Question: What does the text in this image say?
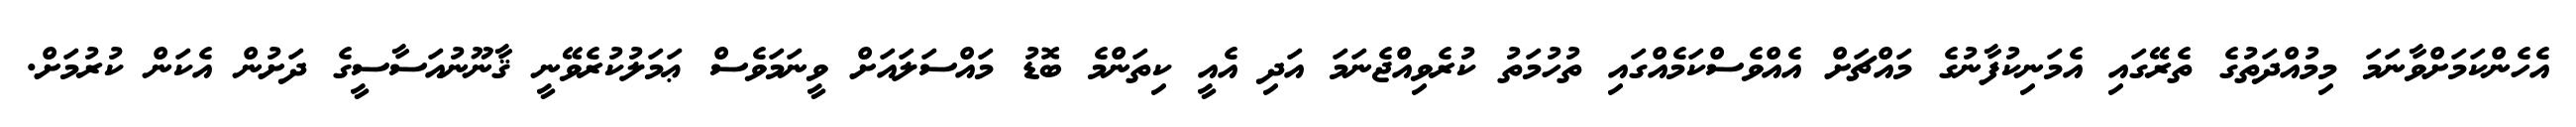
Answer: އެހެންކަމަށްވާނަމަ މިމުއްދަތުގެ ތެރޭގައި އެމަނިކުފާނުގެ މައްޗަށް އެއްވެސްކަމެއްގައި ތުހުމަތު ކުރެވިއްޖެނަމަ އަދި އެއީ ކިތަންމެ ބޮޑު މައްސަލައަށް ވީނަމަވެސް ޢަމަލުކުރެވޭނީ ޤާނޫނުއަސާސީގެ ދަށުން އެކަން ކުރުމަށް.